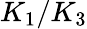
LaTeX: K_{1}/K_{3}